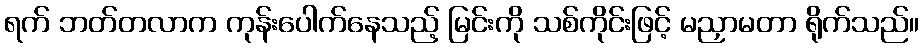
ရက် ဘတ်တလာက ကုန်းပေါက်နေသည့် မြင်းကို သစ်ကိုင်းဖြင့် မညှာမတာ ရိုက်သည်။